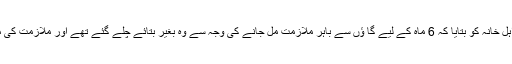
مردہ سمجھے جانے والے شخص نے اہل خانہ کو بتایا کہ 6 ماہ کے لیے گا ؤں سے باہر ملازمت مل جانے کی وجہ سے وہ بغیر بتائے چلے گئے تھے اور ملازمت کی میعاد مکمل ہونے کے بعد واپس آگئے۔